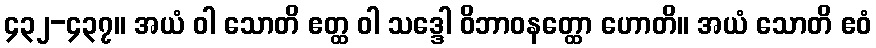
၄၃၂-၄၃၇။ အယံ ဝါ သောတိ ဧတ္ထ ဝါ သဒ္ဒေါ ဝိဘာဝနတ္ထော ဟောတိ။ အယံ သောတိ ဧဝံ